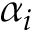
\alpha _ { i }